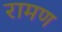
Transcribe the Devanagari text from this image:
रामण